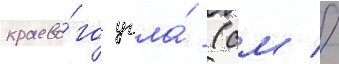
краево́го угла́ (см //